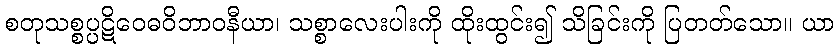
စတုသစ္စပ္ပဋိဝေဓဝိဘာဝနီယာ၊ သစ္စာလေးပါးကို ထိုးထွင်း၍ သိခြင်းကို ပြတတ်သော။ ယာ